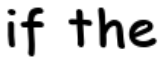
if the